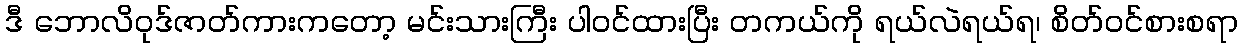
ဒီ ဘောလိဝုဒ်ဇာတ်ကားကတော့ မင်းသားကြီး ပါဝင်ထားပြီး တကယ်ကို ရယ်လဲရယ်ရ၊ စိတ်ဝင်စားစရာ